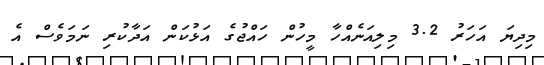
މިދިޔަ އަހަރު 3.2 މިލިއަނެއްހާ މީހުން ހައްޖުގެ އަޅުކަން އަދާކުރި ނަމަވެސް އެ